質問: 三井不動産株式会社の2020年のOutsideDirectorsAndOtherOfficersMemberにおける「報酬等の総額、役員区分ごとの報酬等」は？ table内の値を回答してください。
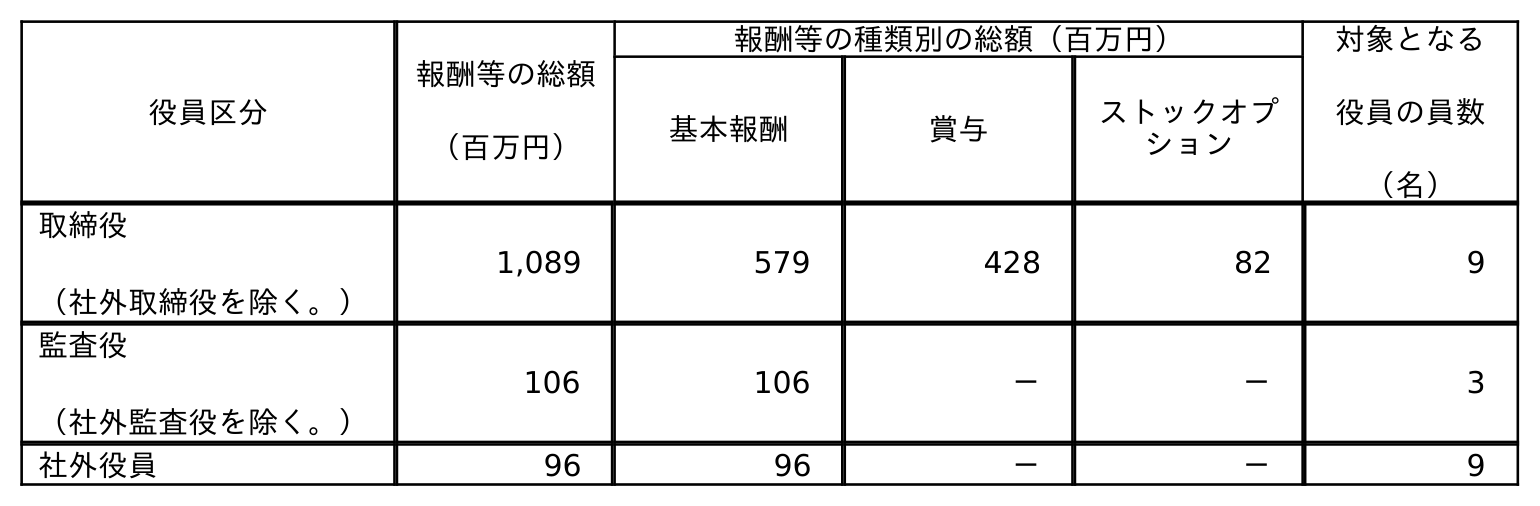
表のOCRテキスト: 役員区分 報酬等の総額 （百万円） 報酬等の種類別の総額（百万円） 対象となる 役員の員数 （名） 基本報酬 賞与 ストックオプ ション 取締役 （社外取締役を除く。） 1,089 579 428 82 9 監査役 （社外監査役を除く。） 106 106 － － 3 社外役員 96 96 － － 9
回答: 96